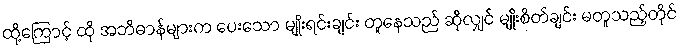
ထို့ကြောင့် ထို အဘိဓာန်များက ပေးသော မျိုးရင်းချင်း တူနေသည် ဆိုလျှင် မျိုးစိတ်ချင်း မတူသည့်တိုင်